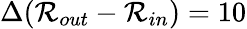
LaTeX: \Delta(\mathcal{R}_{out}-\mathcal{R}_{in})=10